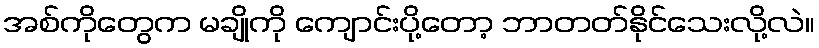
အစ်ကိုတွေက မချိုကို ကျောင်းပို့တော့ ဘာတတ်နိုင်သေးလို့လဲ။